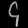
Digit: ၄